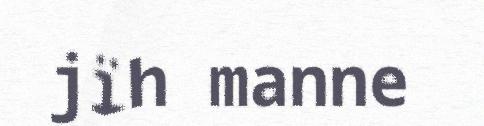
jïh manne